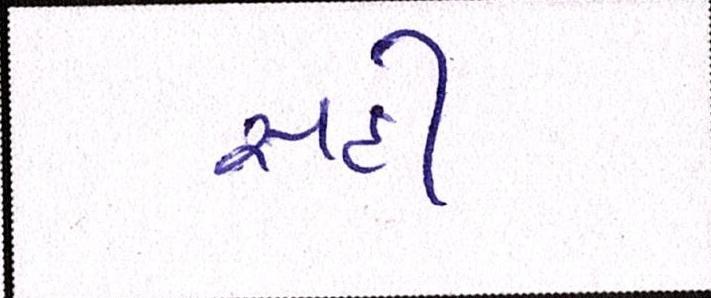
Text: સહી